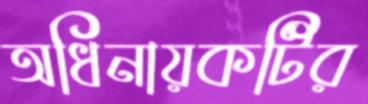
অধিনায়কটির